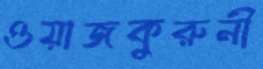
ওয়াজকুরুনী